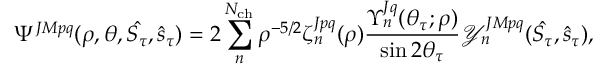
\Psi ^ { J M p q } ( \rho , \theta , \hat { S _ { \tau } } , \hat { s } _ { \tau } ) = 2 \sum _ { n } ^ { N _ { \mathrm { c h } } } \rho ^ { - 5 / 2 } \zeta _ { n } ^ { J p q } ( \rho ) \frac { \Upsilon _ { n } ^ { J q } ( \theta _ { \tau } ; \rho ) } { \sin { 2 \theta _ { \tau } } } \mathcal { Y } _ { n } ^ { J M p q } ( \hat { S _ { \tau } } , \hat { s } _ { \tau } ) ,